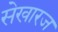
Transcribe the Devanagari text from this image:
सेखारज